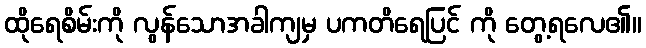
ထိုရေစိမ်းကို လွန်သောအခါကျမှ ပကတိရေပြင် ကို တွေ့ရလေ၏။